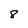
Character: 8